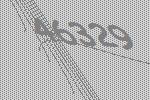
46329